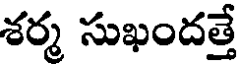
శర్మ సుఖందత్తే